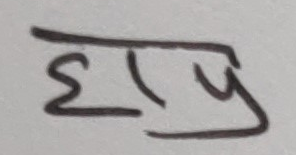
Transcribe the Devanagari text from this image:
हापु